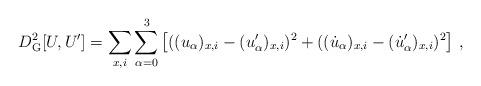
LaTeX: \begin{align*}D^2_{\rm G}[U,U'] = \sum\limits_{x,i} \sum\limits_{\alpha =0}^3 \left[ ( (u_\alpha)_{x,i} - (u'_\alpha)_{x,i} )^2 +( (\dot u_\alpha)_{x,i} - (\dot u'_\alpha)_{x,i} )^2 \right] \, , \end{align*}